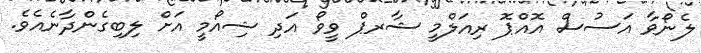
ލެނޯވާ އަސުސް އޮއްޕޮ ރިއަލްމީ ޝާރޕް ވީވޯ އަދި ޝިއޯމީ އަށް ލިބިގެންދާނެއެވެ.